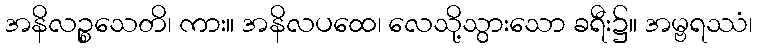
အနိလဉ္စသေတိ၊ ကား။ အနိလပထေ၊ လေသို့သွားသော ခရီး၌။ အမ္ဗရဿံ၊